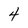
Character: 4